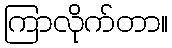
ကြာလိုက်တာ။